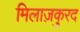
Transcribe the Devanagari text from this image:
मिलाज़कुरद